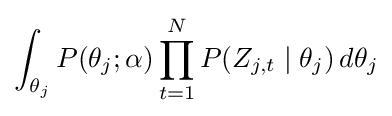
\int _{\theta _{j}}P(\theta _{j};\alpha )\prod _{t=1}^{N}P(Z_{j,t}\mid \theta _{j})\,d\theta _{j}